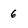
Character: 6